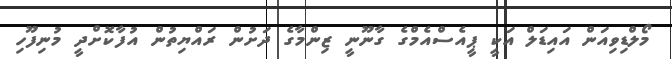
މޯލްޑިވިއަން އައިޑަލް އަކީ ޕީއެސްއެމްގެ ގާނޫނީ ޒިންމާގެ ދަށުން ރައްޔިތުން އުފާކޮށްދީ މުނިފޫހި